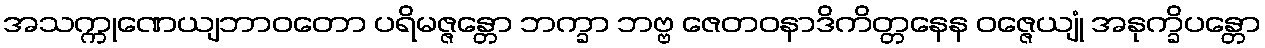
အသက္ကုဏေယျဘာဝတော ပရိမဇ္ဇန္တော ဘက္ခာ ဘဗ္ဗ ဇေတဝနာဒိကိတ္တနေန ဝဇ္ဇေယျုံ အနုက္ခိပန္တော